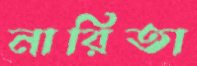
নারিতা